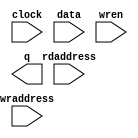
// megafunction wizard: %RAM: 2-PORT%VBB%
// GENERATION: STANDARD
// VERSION: WM1.0
// MODULE: altsyncram 

// ============================================================
// Megafunction Name(s):
// 			altsyncram
//
// Simulation Library Files(s):
// 			altera_mf
// ============================================================
// ************************************************************
// THIS IS A WIZARD-GENERATED FILE. DO NOT EDIT THIS FILE!
//
// 7.2 Build 207 03/18/2008 SP 3 SJ Full Version
// ************************************************************

//Copyright (C) 1991-2007 Altera Corporation
//Your use of Altera Corporation's design tools, logic functions 
//and other software and tools, and its AMPP partner logic 
//functions, and any output files from any of the foregoing 
//(including device programming or simulation files), and any 
//associated documentation or information are expressly subject 
//to the terms and conditions of the Altera Program License 
//Subscription Agreement, Altera MegaCore Function License 
//Agreement, or other applicable license agreement, including, 
//without limitation, that your use is for the sole purpose of 
//programming logic devices manufactured by Altera and sold by 
//Altera or its authorized distributors.  Please refer to the 
//applicable agreement for further details.

module line_buffer (
	clock,
	data,
	rdaddress,
	wraddress,
	wren,
	q);

	input	  clock;
	input	[11:0]  data;
	input	[7:0]  rdaddress;
	input	[7:0]  wraddress;
	input	  wren;
	output	[11:0]  q;

endmodule

// ============================================================
// CNX file retrieval info
// ============================================================
// Retrieval info: PRIVATE: ADDRESSSTALL_A NUMERIC "0"
// Retrieval info: PRIVATE: ADDRESSSTALL_B NUMERIC "0"
// Retrieval info: PRIVATE: BYTEENA_ACLR_A NUMERIC "0"
// Retrieval info: PRIVATE: BYTEENA_ACLR_B NUMERIC "0"
// Retrieval info: PRIVATE: BYTE_ENABLE_A NUMERIC "0"
// Retrieval info: PRIVATE: BYTE_ENABLE_B NUMERIC "0"
// Retrieval info: PRIVATE: BYTE_SIZE NUMERIC "8"
// Retrieval info: PRIVATE: BlankMemory NUMERIC "1"
// Retrieval info: PRIVATE: CLOCK_ENABLE_INPUT_A NUMERIC "0"
// Retrieval info: PRIVATE: CLOCK_ENABLE_INPUT_B NUMERIC "0"
// Retrieval info: PRIVATE: CLOCK_ENABLE_OUTPUT_A NUMERIC "0"
// Retrieval info: PRIVATE: CLOCK_ENABLE_OUTPUT_B NUMERIC "0"
// Retrieval info: PRIVATE: CLRdata NUMERIC "0"
// Retrieval info: PRIVATE: CLRq NUMERIC "0"
// Retrieval info: PRIVATE: CLRrdaddress NUMERIC "0"
// Retrieval info: PRIVATE: CLRrren NUMERIC "0"
// Retrieval info: PRIVATE: CLRwraddress NUMERIC "0"
// Retrieval info: PRIVATE: CLRwren NUMERIC "0"
// Retrieval info: PRIVATE: Clock NUMERIC "0"
// Retrieval info: PRIVATE: Clock_A NUMERIC "0"
// Retrieval info: PRIVATE: Clock_B NUMERIC "0"
// Retrieval info: PRIVATE: ECC NUMERIC "0"
// Retrieval info: PRIVATE: IMPLEMENT_IN_LES NUMERIC "0"
// Retrieval info: PRIVATE: INDATA_ACLR_B NUMERIC "0"
// Retrieval info: PRIVATE: INDATA_REG_B NUMERIC "0"
// Retrieval info: PRIVATE: INIT_FILE_LAYOUT STRING "PORT_B"
// Retrieval info: PRIVATE: INIT_TO_SIM_X NUMERIC "0"
// Retrieval info: PRIVATE: INTENDED_DEVICE_FAMILY STRING "Cyclone II"
// Retrieval info: PRIVATE: JTAG_ENABLED NUMERIC "0"
// Retrieval info: PRIVATE: JTAG_ID STRING "NONE"
// Retrieval info: PRIVATE: MAXIMUM_DEPTH NUMERIC "0"
// Retrieval info: PRIVATE: MEMSIZE NUMERIC "1920"
// Retrieval info: PRIVATE: MEM_IN_BITS NUMERIC "0"
// Retrieval info: PRIVATE: MIFfilename STRING ""
// Retrieval info: PRIVATE: OPERATION_MODE NUMERIC "2"
// Retrieval info: PRIVATE: OUTDATA_ACLR_B NUMERIC "0"
// Retrieval info: PRIVATE: OUTDATA_REG_B NUMERIC "1"
// Retrieval info: PRIVATE: RAM_BLOCK_TYPE NUMERIC "0"
// Retrieval info: PRIVATE: READ_DURING_WRITE_MODE_MIXED_PORTS NUMERIC "1"
// Retrieval info: PRIVATE: READ_DURING_WRITE_MODE_PORT_A NUMERIC "3"
// Retrieval info: PRIVATE: READ_DURING_WRITE_MODE_PORT_B NUMERIC "3"
// Retrieval info: PRIVATE: REGdata NUMERIC "1"
// Retrieval info: PRIVATE: REGq NUMERIC "1"
// Retrieval info: PRIVATE: REGrdaddress NUMERIC "1"
// Retrieval info: PRIVATE: REGrren NUMERIC "1"
// Retrieval info: PRIVATE: REGwraddress NUMERIC "1"
// Retrieval info: PRIVATE: REGwren NUMERIC "1"
// Retrieval info: PRIVATE: SYNTH_WRAPPER_GEN_POSTFIX STRING "0"
// Retrieval info: PRIVATE: USE_DIFF_CLKEN NUMERIC "0"
// Retrieval info: PRIVATE: UseDPRAM NUMERIC "1"
// Retrieval info: PRIVATE: VarWidth NUMERIC "0"
// Retrieval info: PRIVATE: WIDTH_READ_A NUMERIC "12"
// Retrieval info: PRIVATE: WIDTH_READ_B NUMERIC "12"
// Retrieval info: PRIVATE: WIDTH_WRITE_A NUMERIC "12"
// Retrieval info: PRIVATE: WIDTH_WRITE_B NUMERIC "12"
// Retrieval info: PRIVATE: WRADDR_ACLR_B NUMERIC "0"
// Retrieval info: PRIVATE: WRADDR_REG_B NUMERIC "0"
// Retrieval info: PRIVATE: WRCTRL_ACLR_B NUMERIC "0"
// Retrieval info: PRIVATE: enable NUMERIC "0"
// Retrieval info: PRIVATE: rden NUMERIC "0"
// Retrieval info: CONSTANT: ADDRESS_REG_B STRING "CLOCK0"
// Retrieval info: CONSTANT: CLOCK_ENABLE_INPUT_A STRING "BYPASS"
// Retrieval info: CONSTANT: CLOCK_ENABLE_INPUT_B STRING "BYPASS"
// Retrieval info: CONSTANT: CLOCK_ENABLE_OUTPUT_A STRING "BYPASS"
// Retrieval info: CONSTANT: CLOCK_ENABLE_OUTPUT_B STRING "BYPASS"
// Retrieval info: CONSTANT: INTENDED_DEVICE_FAMILY STRING "Cyclone II"
// Retrieval info: CONSTANT: LPM_TYPE STRING "altsyncram"
// Retrieval info: CONSTANT: NUMWORDS_A NUMERIC "160"
// Retrieval info: CONSTANT: NUMWORDS_B NUMERIC "160"
// Retrieval info: CONSTANT: OPERATION_MODE STRING "DUAL_PORT"
// Retrieval info: CONSTANT: OUTDATA_ACLR_B STRING "NONE"
// Retrieval info: CONSTANT: OUTDATA_REG_B STRING "CLOCK0"
// Retrieval info: CONSTANT: POWER_UP_UNINITIALIZED STRING "FALSE"
// Retrieval info: CONSTANT: READ_DURING_WRITE_MODE_MIXED_PORTS STRING "OLD_DATA"
// Retrieval info: CONSTANT: WIDTHAD_A NUMERIC "8"
// Retrieval info: CONSTANT: WIDTHAD_B NUMERIC "8"
// Retrieval info: CONSTANT: WIDTH_A NUMERIC "12"
// Retrieval info: CONSTANT: WIDTH_B NUMERIC "12"
// Retrieval info: CONSTANT: WIDTH_BYTEENA_A NUMERIC "1"
// Retrieval info: USED_PORT: clock 0 0 0 0 INPUT NODEFVAL clock
// Retrieval info: USED_PORT: data 0 0 12 0 INPUT NODEFVAL data[11..0]
// Retrieval info: USED_PORT: q 0 0 12 0 OUTPUT NODEFVAL q[11..0]
// Retrieval info: USED_PORT: rdaddress 0 0 8 0 INPUT NODEFVAL rdaddress[7..0]
// Retrieval info: USED_PORT: wraddress 0 0 8 0 INPUT NODEFVAL wraddress[7..0]
// Retrieval info: USED_PORT: wren 0 0 0 0 INPUT VCC wren
// Retrieval info: CONNECT: @data_a 0 0 12 0 data 0 0 12 0
// Retrieval info: CONNECT: @wren_a 0 0 0 0 wren 0 0 0 0
// Retrieval info: CONNECT: q 0 0 12 0 @q_b 0 0 12 0
// Retrieval info: CONNECT: @address_a 0 0 8 0 wraddress 0 0 8 0
// Retrieval info: CONNECT: @address_b 0 0 8 0 rdaddress 0 0 8 0
// Retrieval info: CONNECT: @clock0 0 0 0 0 clock 0 0 0 0
// Retrieval info: LIBRARY: altera_mf altera_mf.altera_mf_components.all
// Retrieval info: GEN_FILE: TYPE_NORMAL line_buffer.v TRUE
// Retrieval info: GEN_FILE: TYPE_NORMAL line_buffer.inc FALSE
// Retrieval info: GEN_FILE: TYPE_NORMAL line_buffer.cmp FALSE
// Retrieval info: GEN_FILE: TYPE_NORMAL line_buffer.bsf TRUE
// Retrieval info: GEN_FILE: TYPE_NORMAL line_buffer_inst.v FALSE
// Retrieval info: GEN_FILE: TYPE_NORMAL line_buffer_bb.v TRUE
// Retrieval info: GEN_FILE: TYPE_NORMAL line_buffer_waveforms.html TRUE
// Retrieval info: GEN_FILE: TYPE_NORMAL line_buffer_wave*.jpg FALSE
// Retrieval info: LIB_FILE: altera_mf